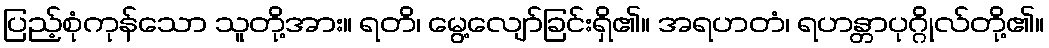
ပြည့်စုံကုန်သော သူတို့အား။ ရတိ၊ မွေ့လျော်ခြင်းရှိ၏။ အရဟတံ၊ ရဟန္တာပုဂ္ဂိုလ်တို့၏။